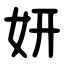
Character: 妍